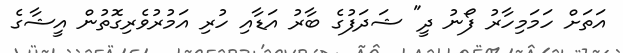
އަތަށް ހަމަމިހާރު ފޯނު ދީ" ޝަދަފުގެ ބާރު އަޑާއި ހުރި އަމުރުވެރިގޮތުން އީޝާގެ